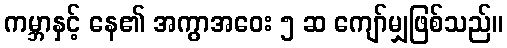
ကမ္ဘာနှင့် နေ၏ အကွာအဝေး ၅ ဆ ကျော်မျှဖြစ်သည်။